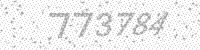
Solution: 773784